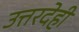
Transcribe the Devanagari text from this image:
उत्तरदेही